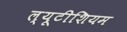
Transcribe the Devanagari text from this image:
ल्यूटीशियम